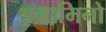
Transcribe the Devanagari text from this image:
अलामिनो